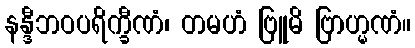
နန္ဒီဘဝပရိက္ခီဏံ၊ တမဟံ ဗြူမိ ဗြာဟ္မဏံ။